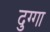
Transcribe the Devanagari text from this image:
दुग्गा